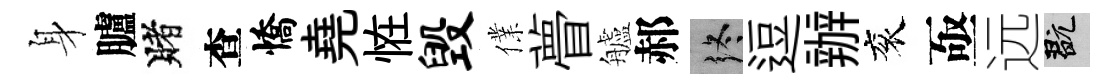
身臚賭查憍堯恠毁㒒瞢艫郝终逗辦衮亟远玩